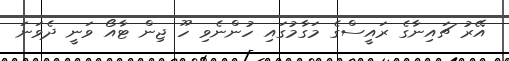
އޭރު ޗައިނާގެ ރައީސްގެ މަގާމުގައި ހުންނެވި ހޫ ޖިން ޓާއޯ ވަނީ ދެވަނަ